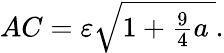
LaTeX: AC=\textstyle\varepsilon{\sqrt{1+{\frac{9}{4}}a\ }}.